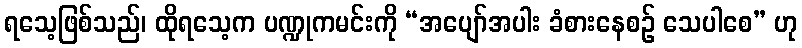
ရသေ့ဖြစ်သည်၊ ထိုရသေ့က ပဏ္ဍုကမင်းကို “အပျော်အပါး ခံစားနေစဉ် သေပါစေ” ဟု